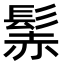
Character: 𩭑